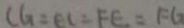
C G = E C = F E = F G